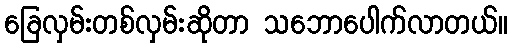
ခြေလှမ်းတစ်လှမ်းဆိုတာ သဘောပေါက်လာတယ်။